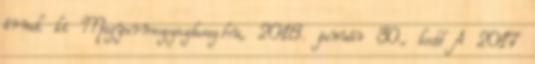
írnak ki Magyarmezogazdasag.hu, 2018. január 30., kedd A 2017